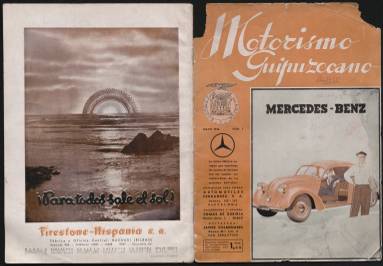
Título: Motorismo guipuzcoano
Colección: Automovilismo
Ámbito geográfico: Guipúzcoa
Lugar de publicación: San Sebastian
Fechas: 01/05/1936-31/07/1936